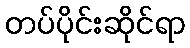
တပ်ပိုင်းဆိုင်ရာ